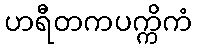
ဟရီတကပက္ကိကံ